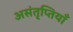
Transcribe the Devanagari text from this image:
असंतृप्तियाँ